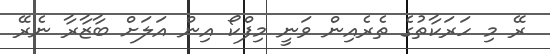
ރޭ މި ހަރަކާތުގެ ތެރެއިން ވަނީ މިފްކޯ އިން އަލަށް ބާޒާރާ ނެރޭ